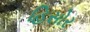
હિસોર